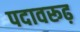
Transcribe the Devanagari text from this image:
पदावरूढ़